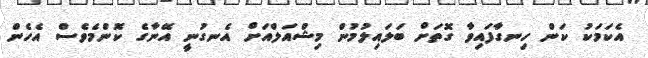
އެކަމަކު ކަން ހިނގާފައިވާ ގޮތަށް ބަލައިލުމުން މިޝްއަލްއަށް އެނގުނީ އޭނާގެ ކޮންމެވެސް އެހެން